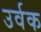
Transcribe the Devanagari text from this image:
उर्वक